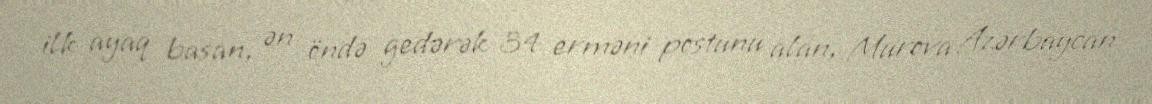
ilk ayaq basan, ən öndə gedərək 34 erməni postunu alan, Murova Azərbaycan